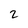
Character: 2